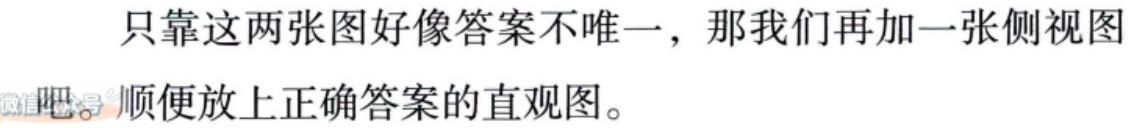
只靠这两张图好像答案不唯一，那我们再加一张侧视图。顺便放上正确答案的直观图。